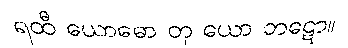
ရထီ ယောဓော တု ယော ဘဋော။